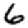
Digit: 6